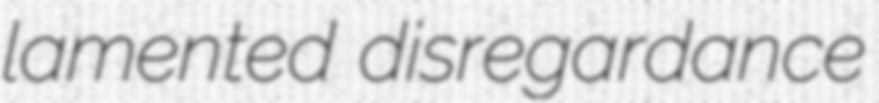
lamented disregardance